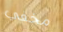
مخفي